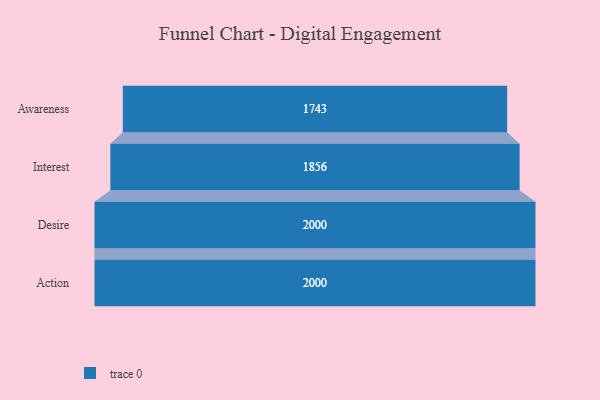
{"axis": {"x": "Stage", "y": "Value"}, "legend": [""], "data": [{"x": "Awareness", "y": 1743.0, "type": ""}, {"x": "Interest", "y": 1856.0, "type": ""}, {"x": "Desire", "y": 2000, "type": ""}, {"x": "Action", "y": 2000, "type": ""}]}